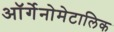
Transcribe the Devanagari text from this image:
ऑर्गेनोमेटालिक